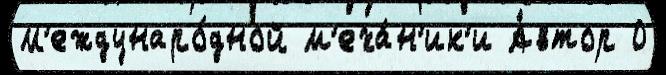
М'еждунаро́дной м'еха́н'ик'и А́втор О